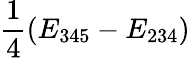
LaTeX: \frac{1}{4}(E_{345}-E_{234})